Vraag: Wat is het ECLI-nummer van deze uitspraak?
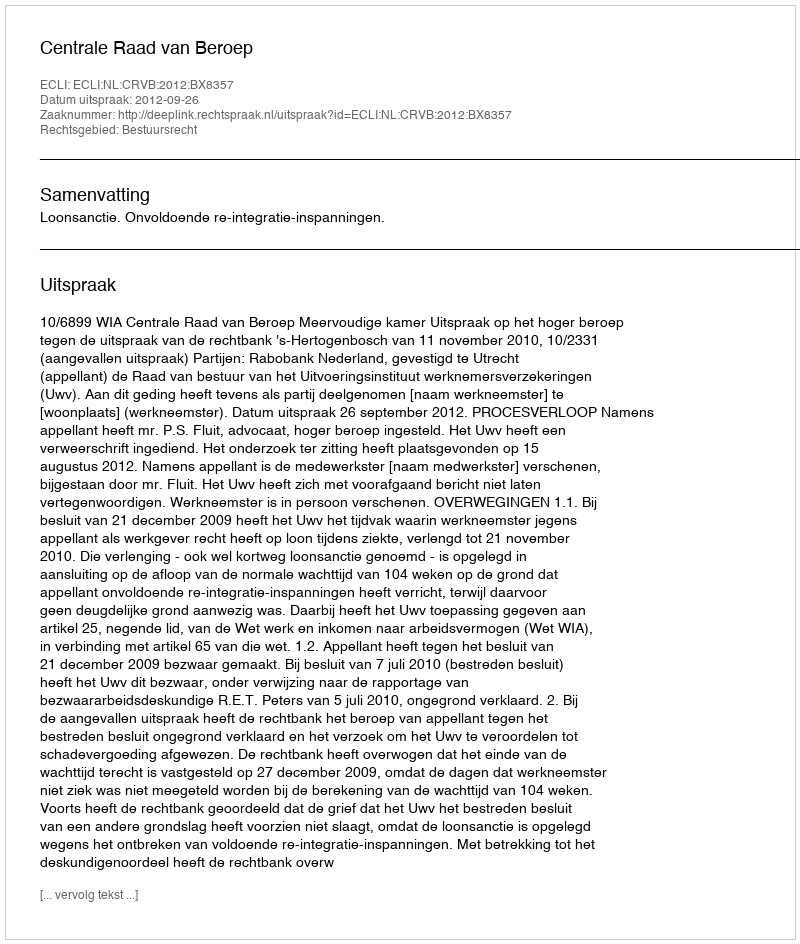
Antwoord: ECLI:NL:CRVB:2012:BX8357